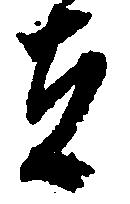
者